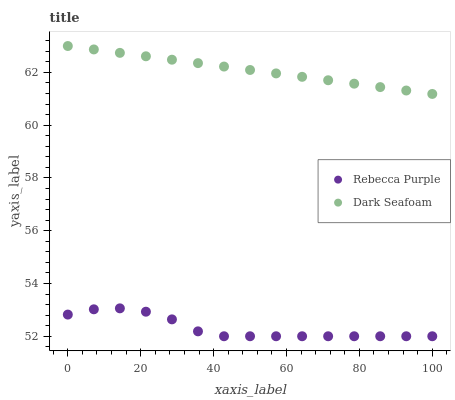
| xaxis_label | Rebecca Purple | Dark Seafoam |
 | --- | --- | --- |
 | 0 | 52.8 | 63 |
 | 7.14 | 53 | 62.9 |
 | 14.3 | 53.1 | 62.7 |
 | 21.4 | 52.9 | 62.6 |
 | 28.6 | 52.6 | 62.5 |
 | 35.7 | 52.2 | 62.4 |
 | 42.9 | 52 | 62.2 |
 | 50 | 52 | 62.1 |
 | 57.1 | 52 | 62 |
 | 64.3 | 52 | 61.8 |
 | 71.4 | 52 | 61.7 |
 | 78.6 | 52 | 61.6 |
 | 85.7 | 52 | 61.4 |
 | 92.9 | 52 | 61.3 |
 | 100 | 52 | 61.2 |